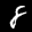
Label: 8